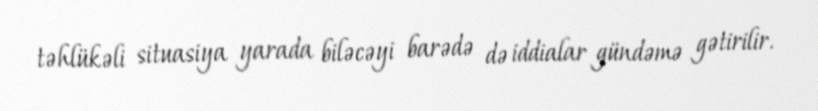
təhlükəli situasiya yarada biləcəyi barədə də iddialar gündəmə gətirilir.